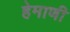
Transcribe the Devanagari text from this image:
हेमाणी